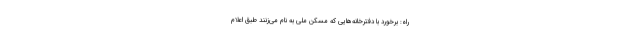
راه: برخورد با دفترخانه‌هایی که مسکن ملی به نام می‌زنند طبق اعلام